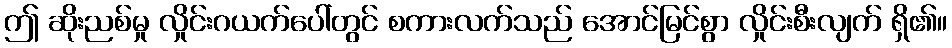
ဤ ဆိုးညစ်မှု လှိုင်းဂယက်ပေါ်တွင် စကားလက်သည် အောင်မြင်စွာ လှိုင်းစီးလျက် ရှိ၏။